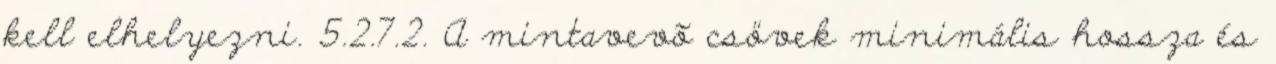
kell elhelyezni. 5.2.7.2. A mintavevõ csövek minimális hossza és